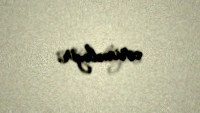
cərimələyir.